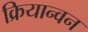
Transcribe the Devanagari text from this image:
क्रियान्‍वन